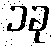
၁ခု